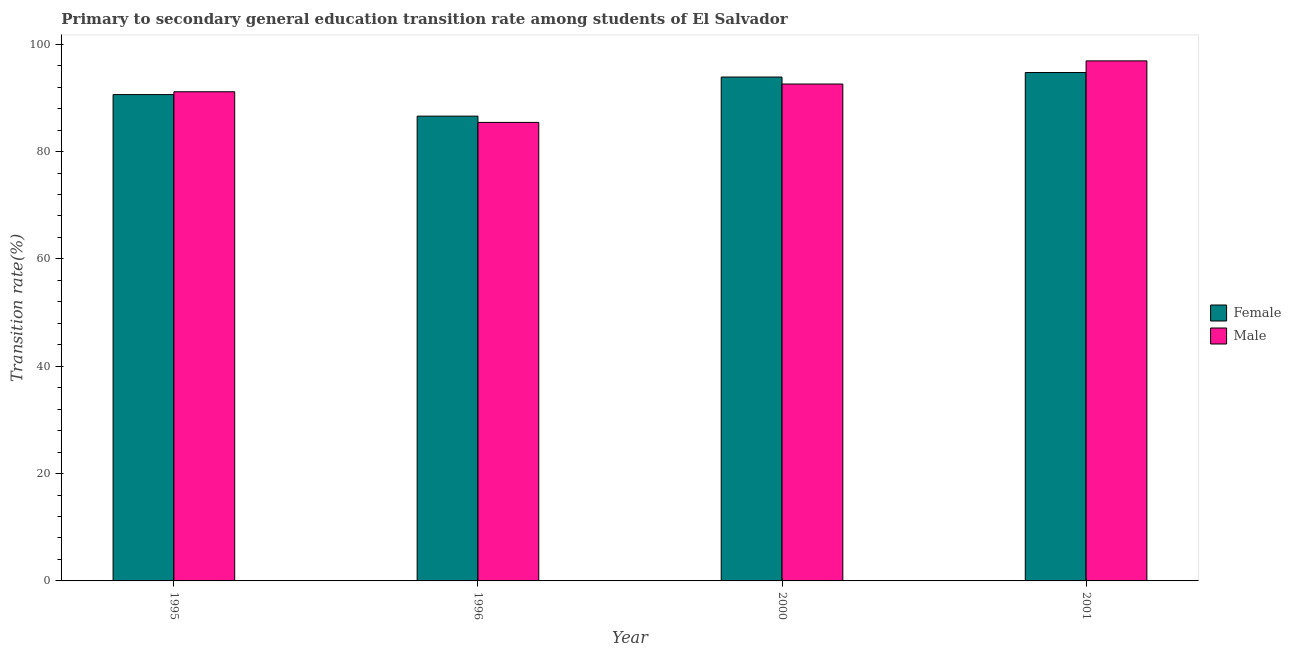
| Year | Female | Male |
 | --- | --- | --- |
 | 1995 | 90.6 | 91.1 |
 | 1996 | 86.6 | 85.4 |
 | 2000 | 93.9 | 92.6 |
 | 2001 | 94.7 | 96.9 |